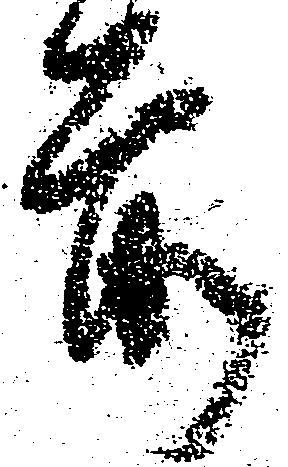
前